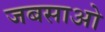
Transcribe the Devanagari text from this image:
जबसाओ